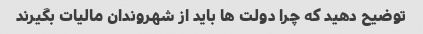
توضیح دهید که چرا دولت ها باید از شهروندان مالیات بگیرند